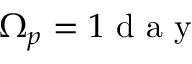
\Omega _ { p } = 1 \mathrm { ~ d ~ a ~ y ~ }